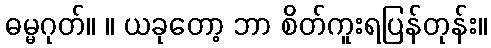
ဓမ္မဂုတ်။ ။ ယခုတော့ ဘာ စိတ်ကူးရပြန်တုန်း။